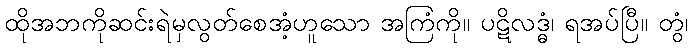
ထိုအဘကိုဆင်းရဲမှလွတ်စေအံ့ဟူသော အကြံကို။ ပဋိလဒ္ဓံ၊ ရအပ်ပြီ။ တွံ၊